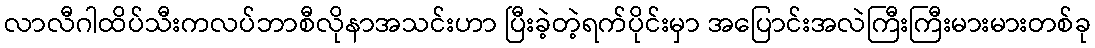
လာလီဂါထိပ်သီးကလပ်ဘာစီလိုနာအသင်းဟာ ပြီးခဲ့တဲ့ရက်ပိုင်းမှာ အပြောင်းအလဲကြီးကြီးမားမားတစ်ခု